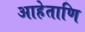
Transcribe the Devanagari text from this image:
आहेताणि